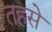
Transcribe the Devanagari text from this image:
तहसे